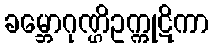
ခမ္ဘောဂုဏ္ဌိဥက္ကုဋိကာ